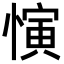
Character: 𪬦